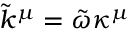
\tilde { k } ^ { \mu } = \tilde { \omega } \kappa ^ { \mu }